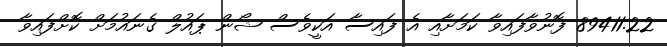
89411.22 ފޮނުވާފައިވާ ކަމަށާއި އެ ފައިސާ އަކީވެސް ޝޯން ޕައުލް ގެނައުމަށް ކޮށްފައިވާ